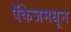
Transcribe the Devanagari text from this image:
पॅकेजमधून